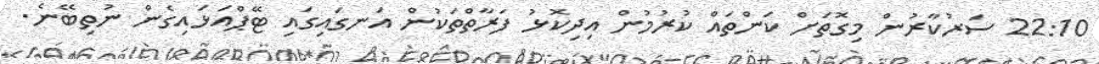
22:10 ސަރުކާރުން މިގޮތަށް ކަންތައް ކުރުމުން އިދިކޮޅު ފަރާތްތަކުން އަނގައިގައި ޓޭޕްއަޅައިގެން ނުތިބޭނެ.